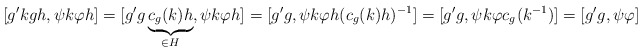
\begin{align*}[g'kgh,\psi k \varphi h]=[g'g\underbrace{c_g(k)h}_{\in H}, \psi k \varphi h]=[g'g, \psi k \varphi h (c_{g}(k)h)^{-1}]=[g'g, \psi k \varphi c_{g^{}}(k^{-1})]=[g'g,\psi\varphi]\end{align*}